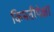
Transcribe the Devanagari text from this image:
किमतीपेक्षा